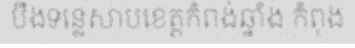
បឹងទន្លេសាបខេត្តកំពង់ឆ្នាំង កំពុង